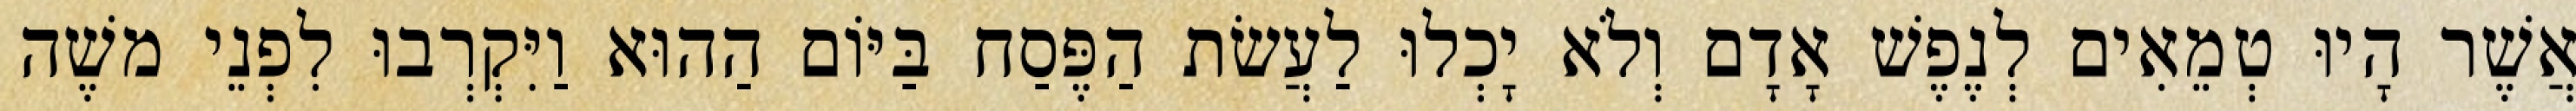
אֲשֶׁר הָיוּ טְמֵאִים לְנֶפֶשׁ אָדָם וְלֹא יָכְלוּ לַעֲשׂת הַפֶּסַח בַּיּוֹם הַהוּא וַיִּקְרְבוּ לִפְנֵי משֶׁה